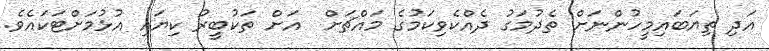
އަދި ތިޔަބައިމީހުންނަށް ތެދުމަގު ދެއްކެވިކަމުގެ މައްޗަށް  އަށް ތަކުބީރު ކިޔައި އުޅުމަށްޓަކައެވެ.